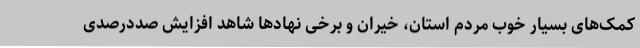
کمک‌های بسیار خوب مردم استان، خیران و برخی نهادها شاهد افزایش صددرصدی